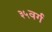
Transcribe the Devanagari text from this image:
३५वर्ग